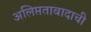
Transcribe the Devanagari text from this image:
अलिप्ततावादाची